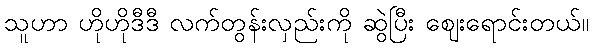
သူဟာ ဟိုဟိုဒီဒီ လက်တွန်းလှည်းကို ဆွဲပြီး ဈေးရောင်းတယ်။